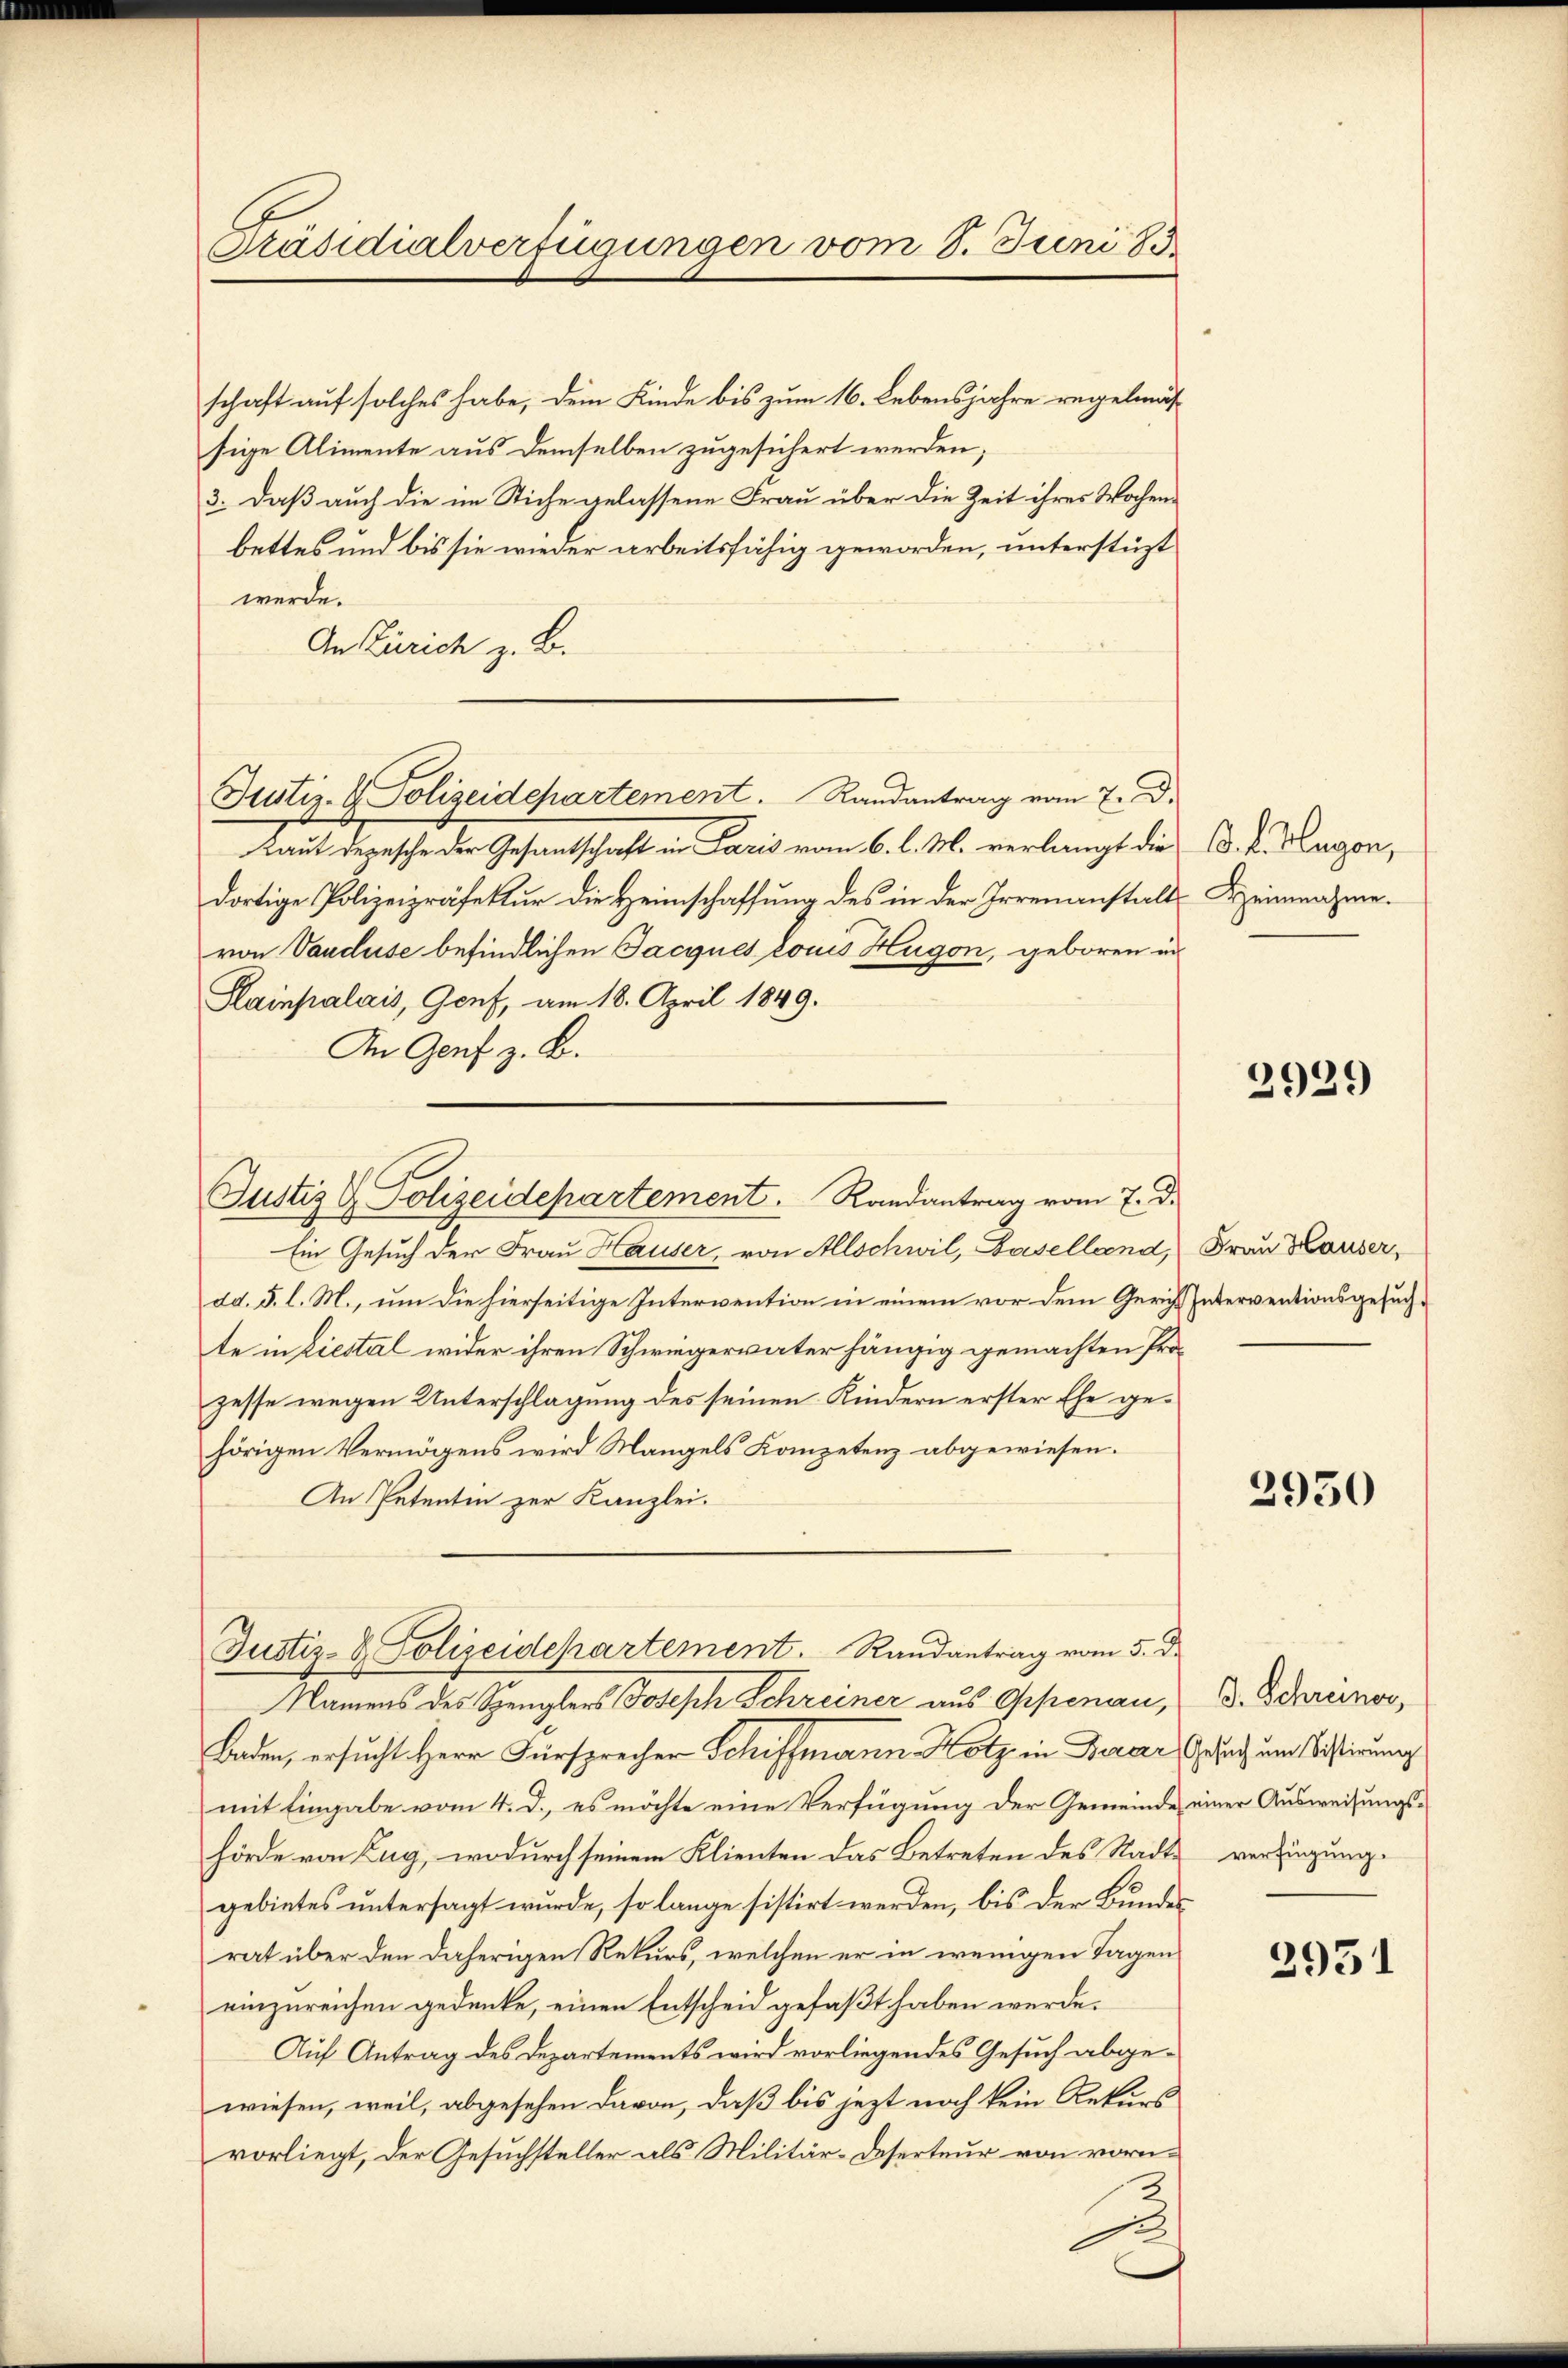
Präsidialverfügungen vom 8. Juni 183

schaft auf solches habe, dem Kinde bis zum 16. Lebensjahre regelmäs
sige Alimente aus demselben zugesichert werden;
3. Daß auch die im Stiche gelassene Frau über die Zeit ihres Wochenbettes und bis sie wieder arbeitsfähig geworden, unterstüzt
werde.
An Zürich z. B.
Justiz- & Polizeidepartement. Randantrag vom 7. d.
aut dergeschenden Gesandtschaft in Paris vom 6. d. M. verlangt die
dortige Polizeipräfektur die Heimschaffung des in der Irrenanstalt
von Vanduse befindlichen Jacques Louis Hugon, geboren und
Kainpalais, Genf, am 18. April 1849.
An Genf z. B.

Justiz & Polizeidepartement. Randantrag vom 7. d.

Ein Gesuch der Frau Hauser, von Allschwil, Baselland, Frau Hauser,
dd. 5. l. M., um die hierseitige Intervention in einem vor dem Gericht Interventionsgesuchte in Liestal wider ihren Schwiegervater hängig gemachten Prozesse wegen Unterschlagung des seinen Kindern erster Ehe gehörigen Vermögens wird Mangels Kompetenz abgewiesen.
An Petentin zur Kanzlei.

Justiz- & Polizeidepartement. Randantrag vom 5. d.
Namens des Spenglers Joseph Schreiner aus Oppenau, d. Scheinor,

Baden, ersucht Herr Fürsprecher Schiffmann-Hotz in Berar Gesuch und Sistirung
mit Eingabe vom 4. d. es möchte eine Verfügung der Gemeinde einer Ausweisungshörde von Zug, wodurch seinem Klienten das Betreten des Stadtgebietes untersagt wurde, so lange sistirt werden, bis der Bundesrat über den daherigen Rekurs, welchen er in wenigen Tagen
einzureichen gedenke, einen Entscheid gefaßt haben werde.
Auf Antrag des Departements wird vorliegendes Gesuch abgewiesen, weil, abgesehen davon, daß bis jezt noch kein Rekurs
vorliegt, der Gesuchsteller als Militär-Deserteur von vorn¬
E

. k. Hugen,
Heinnahme.

2929

2950

verfügung.

3951